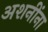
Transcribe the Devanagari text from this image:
अशनींना